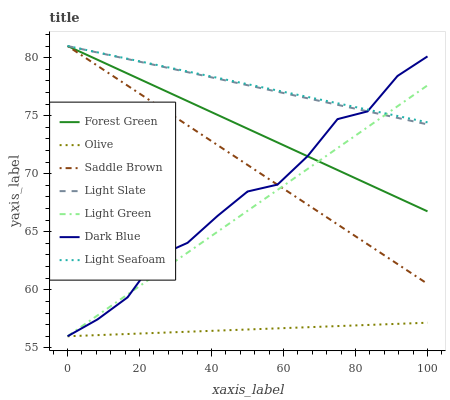
| xaxis_label | Forest Green | Olive | Saddle Brown | Light Slate | Light Green | Dark Blue | Light Seafoam |
 | --- | --- | --- | --- | --- | --- | --- | --- |
 | 0 | 81 | 56 | 81 | 81 | 56 | 56 | 81 |
 | 8.33 | 79.8 | 56.1 | 79.3 | 80.4 | 57.8 | 57.5 | 80.5 |
 | 16.7 | 78.6 | 56.2 | 77.6 | 79.9 | 59.6 | 59.4 | 79.9 |
 | 25 | 77.4 | 56.3 | 75.9 | 79.3 | 61.4 | 62.9 | 79.4 |
 | 33.3 | 76.3 | 56.4 | 74.2 | 78.7 | 63.2 | 64 | 78.8 |
 | 41.7 | 75.1 | 56.5 | 72.5 | 78.2 | 65 | 66.4 | 78.3 |
 | 50 | 73.9 | 56.6 | 70.8 | 77.6 | 66.8 | 68.5 | 77.7 |
 | 58.3 | 72.7 | 56.7 | 69 | 77.1 | 68.6 | 69.1 | 77.2 |
 | 66.7 | 71.5 | 56.8 | 67.3 | 76.5 | 70.4 | 71.5 | 76.6 |
 | 75 | 70.3 | 56.9 | 65.6 | 75.9 | 72.2 | 74.7 | 76.1 |
 | 83.3 | 69.1 | 57 | 63.9 | 75.4 | 74 | 75.4 | 75.5 |
 | 91.7 | 67.9 | 57.1 | 62.2 | 74.8 | 75.8 | 78.4 | 75 |
 | 100 | 66.8 | 57.2 | 60.5 | 74.2 | 77.6 | 80.1 | 74.4 |